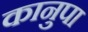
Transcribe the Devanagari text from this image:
कानुपा